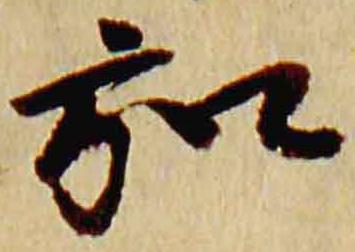
弘